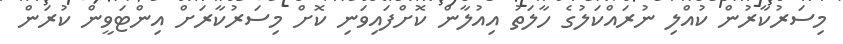
މިސަރުކާރުން ކުއްލި ނުރައްކަލުގެ ހާލަތު އިއުލާން ކޮށްފައިވަނި ކޮށް މިސަރުކާރަށް އިންޓަވީން ކުރަން